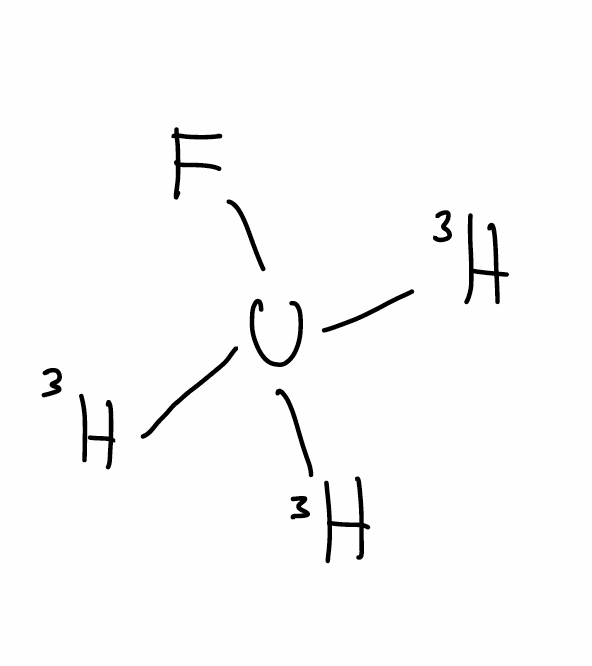
Simplified molecular-input line-entry system (SMILES) notation of the given molecule:
[3H][U]([3H])([3H])F